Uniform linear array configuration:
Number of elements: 48
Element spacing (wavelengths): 0.5
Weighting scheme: kaiser
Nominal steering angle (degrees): -15
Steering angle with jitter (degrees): -15.349
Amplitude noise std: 0.05
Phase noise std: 0.05

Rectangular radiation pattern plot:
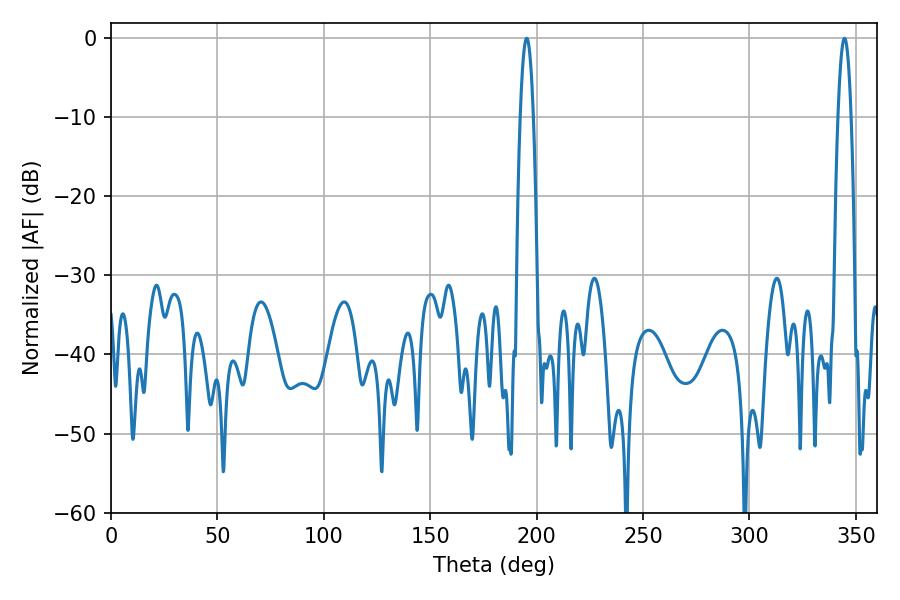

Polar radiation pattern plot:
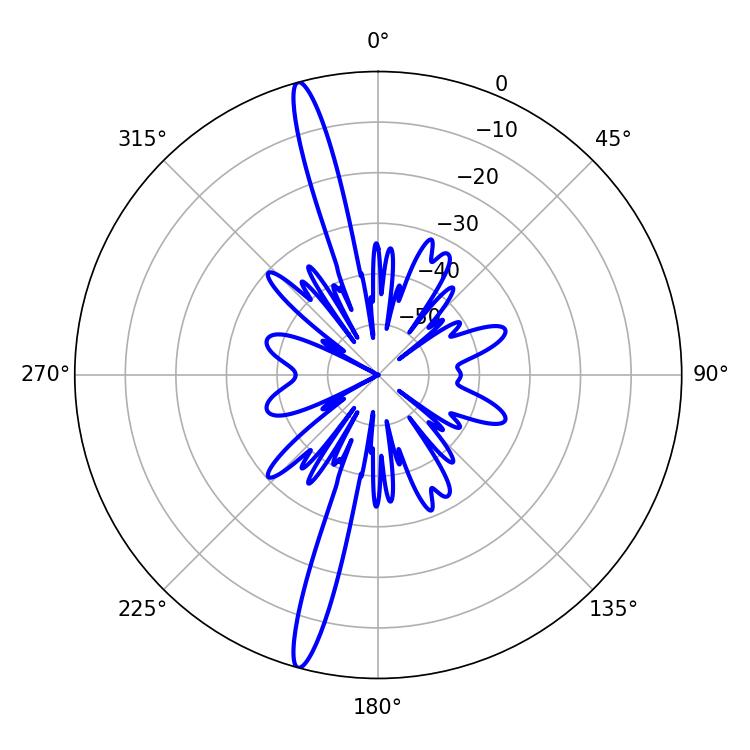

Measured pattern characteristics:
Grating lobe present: FALSE
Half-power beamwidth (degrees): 3.42
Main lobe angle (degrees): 195.3